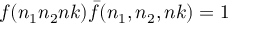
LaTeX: f ( n _ { 1 } n _ { 2 } n k ) { \bar { f } } ( n _ { 1 } , n _ { 2 } , n k ) = 1